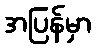
အပြန်မှာ